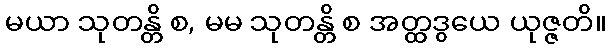
မယာ သုတန္တိ စ, မမ သုတန္တိ စ အတ္ထဒွယေ ယုဇ္ဇတိ။